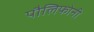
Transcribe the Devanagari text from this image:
पौलिफोनी